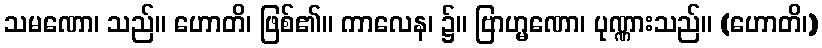
သမဏော၊ သည်။ ဟောတိ၊ ဖြစ်၏။ ကာလေန၊ ၌။ ဗြာဟ္မဏော၊ ပုဏ္ဏားသည်။ (ဟောတိ၊)